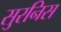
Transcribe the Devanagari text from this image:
सुरनिस